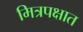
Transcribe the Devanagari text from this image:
मित्रपक्षात